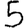
Digit: 5